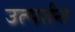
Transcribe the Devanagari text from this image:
उत्पर्तन